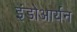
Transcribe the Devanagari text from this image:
इंडोआर्यन